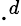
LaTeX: \cdot^{d}